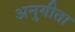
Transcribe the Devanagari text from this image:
अनुगीता